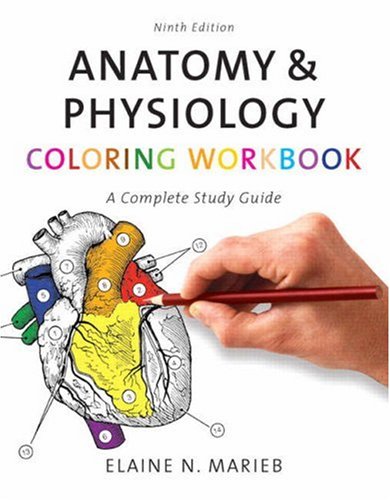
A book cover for Anatomy & Physiology Coloring Workbook: A Complete Study Guide (9th Edition); Elaine N. Marieb; Science & Math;